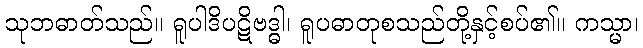
သုဘဓာတ်သည်။ ရူပါဒိပဋိဗဒ္ဓါ၊ ရူပဓာတုစသည်တို့နှင့်စပ်၏။ ကသ္မာ၊